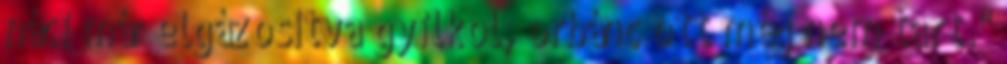
náci már elgázosítva gyilkol, orbánc ott még nem tart."